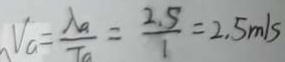
V _ { a } = \frac { \lambda _ { a } } { T _ { a } } = \frac { 2 . 5 } { 1 } = 2 . 5 m / s